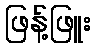
ဖြန့်ဖြူး